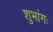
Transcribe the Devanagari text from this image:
शुभांगः